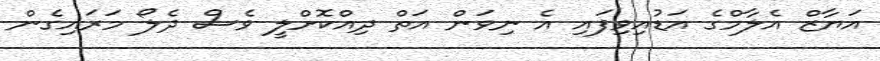
އަޔާޒް އެލާމްގެ އަޑުއިވިފައި އެ ނިވަން އަތް ދިއްކޮށްލީ ވެސް ދެލޯ މަރައިގެން